Lunatic asylums Burma 1907-21 - 1907-1921
Year: 1907
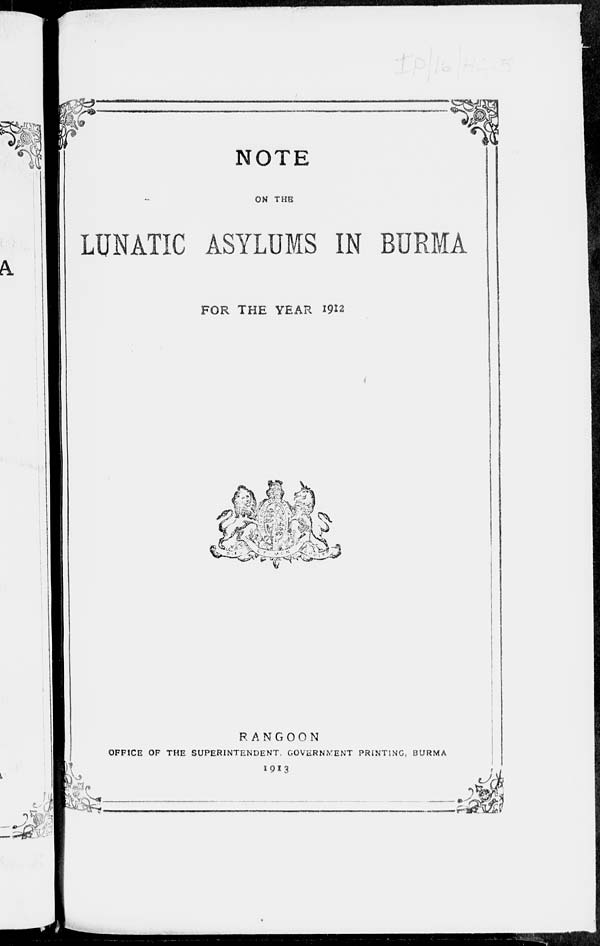
NOTE
ON THE
LUNATIC ASYLUMS IN BURMA
FOR THE YEAR 1912
RANGOON
OFFICE OF THE SUPERINTENDENT, GOVERNMENT PRINTING, BURMA
1913